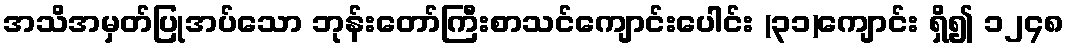
အသိအမှတ်ပြုအပ်သော ဘုန်းတော်ကြီးစာသင်ကျောင်းပေါင်း (၃၁)ကျောင်း ရှိ၍ ၁၂၄၈